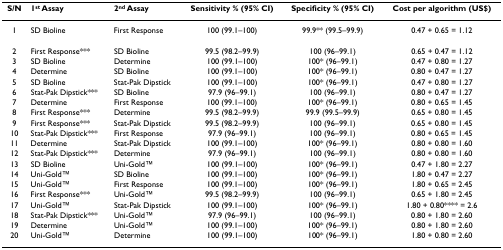
<table><thead><tr><td><b>S/N</b></td><td><b>1<sup>st </sup>Assay</b></td><td><b>2<sup>nd </sup>Assay</b></td><td><b>Sensitivity % (95% CI)</b></td><td><b>Specificity % (95% CI)</b></td><td><b>Cost per algorithm (US$)</b></td></tr></thead><tbody><tr><td>1</td><td>SD Bioline</td><td>First Response</td><td>100 (99.1–100)</td><td>99.9** (99.5–99.9)</td><td>0.47 + 0.65 = 1.12</td></tr><tr><td>2</td><td>First Response***</td><td>SD Bioline</td><td>99.5 (98.2–99.9)</td><td>100 (96–99.1)</td><td>0.65 + 0.47 = 1.12</td></tr><tr><td>3</td><td>SD Bioline</td><td>Determine</td><td>100 (99.1–100)</td><td>100* (96–99.1)</td><td>0.47 + 0.80 = 1.27</td></tr><tr><td>4</td><td>Determine</td><td>SD Bioline</td><td>100 (99.1–100)</td><td>100* (96–99.1)</td><td>0.80 + 0.47 = 1.27</td></tr><tr><td>5</td><td>SD Bioline</td><td>Stat-Pak Dipstick</td><td>100 (99.1–100)</td><td>100* (96–99.1)</td><td>0.47 + 0.80 = 1.27</td></tr><tr><td>6</td><td>Stat-Pak Dipstick***</td><td>SD Bioline</td><td>97.9 (96–99.1)</td><td>100 (96–99.1)</td><td>0.80 + 0.47 = 1.27</td></tr><tr><td>7</td><td>Determine</td><td>First Response</td><td>100 (99.1–100)</td><td>100* (96–99.1)</td><td>0.80 + 0.65 = 1.45</td></tr><tr><td>8</td><td>First Response***</td><td>Determine</td><td>99.5 (98.2–99.9)</td><td>99.9 (99.5–99.9)</td><td>0.65 + 0.80 = 1.45</td></tr><tr><td>9</td><td>First Response***</td><td>Stat-Pak Dipstick</td><td>99.5 (98.2–99.9)</td><td>100 (96–99.1)</td><td>0.65 + 0.80 = 1.45</td></tr><tr><td>10</td><td>Stat-Pak Dipstick***</td><td>First Response</td><td>97.9 (96–99.1)</td><td>100 (96–99.1)</td><td>0.80 + 0.65 = 1.45</td></tr><tr><td>11</td><td>Determine</td><td>Stat-Pak Dipstick</td><td>100 (99.1–100)</td><td>100* (96–99.1)</td><td>0.80 + 0.80 = 1.60</td></tr><tr><td>12</td><td>Stat-Pak Dipstick***</td><td>Determine</td><td>97.9 (96–99.1)</td><td>100 (96–99.1)</td><td>0.80 + 0.80 = 1.60</td></tr><tr><td>13</td><td>SD Bioline</td><td>Uni-GoldTM</td><td>100 (99.1–100)</td><td>100* (96–99.1)</td><td>0.47 + 1.80 = 2.27</td></tr><tr><td>14</td><td>Uni-GoldTM</td><td>SD Bioline</td><td>100 (99.1–100)</td><td>100* (96–99.1)</td><td>1.80 + 0.47 = 2.27</td></tr><tr><td>15</td><td>Uni-GoldTM</td><td>First Response</td><td>100 (99.1–100)</td><td>100* (96–99.1)</td><td>1.80 + 0.65 = 2.45</td></tr><tr><td>16</td><td>First Response***</td><td>Uni-GoldTM</td><td>99.5 (98.2–99.9)</td><td>100 (96–99.1)</td><td>0.65 + 1.80 = 2.45</td></tr><tr><td>17</td><td>Uni-GoldTM</td><td>Stat-Pak Dipstick</td><td>100 (99.1–100)</td><td>100* (96–99.1)</td><td>1.80 + 0.80**** = 2.6</td></tr><tr><td>18</td><td>Stat-Pak Dipstick***</td><td>Uni-GoldTM</td><td>97.9 (96–99.1)</td><td>100 (96–99.1)</td><td>0.80 + 1.80 = 2.60</td></tr><tr><td>19</td><td>Determine</td><td>Uni-GoldTM</td><td>100 (99.1–100)</td><td>100* (96–99.1)</td><td>0.80 + 1.80 = 2.60</td></tr><tr><td>20</td><td>Uni-GoldTM</td><td>Determine</td><td>100 (99.1–100)</td><td>100* (96–99.1)</td><td>1.80 + 0.80 = 2.60</td></tr></tbody></table>